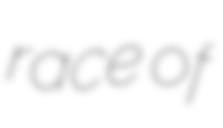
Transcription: race of